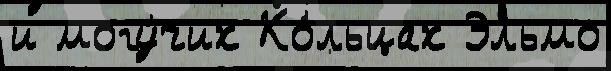
и могу́чих Ко́льцах Эльмо